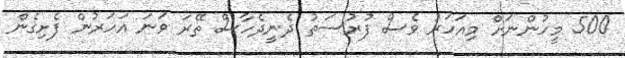
500 މީހުންނަށް މިއަހަރު ވެސް ފުރުސަތު ދެނީދެހާސް ތޭރަ ވަނަ އަހަރުން ފެށިގެން